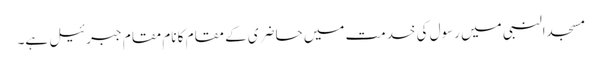
مسجدالنبی میں رسول کی خدمت میں حاضری کے مقام کا نام مقام جبرئیل ہے۔